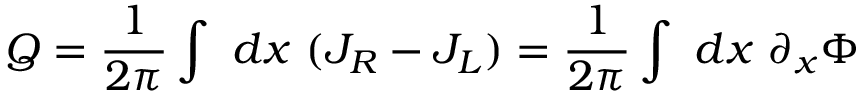
Q = { \frac { 1 } { 2 \pi } } \int ~ d x ~ ( J _ { R } - J _ { L } ) = { \frac { 1 } { 2 \pi } } \int ~ d x ~ \partial _ { x } \Phi